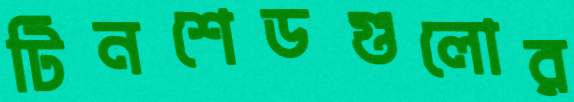
টিনশেডগুলোর